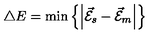
\triangle E = \min \left\{ \left| { \cal \vec { E } } _ { s } - { \cal \vec { E } } _ { m } \right| \right\}